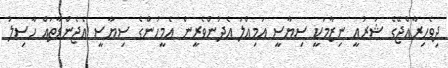
ދިވެހިރާއްޖޭގެ ޝަރުއީ ނިޒާމަކީ ސިޔާސީ އަމިއްލަ އެދުންވެރީން އެމީހުންގެ ސިޔާސީ އެޖެންޑާތައް ހާސިލު